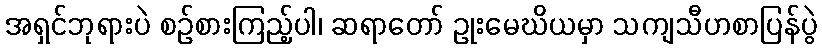
အရှင်ဘုရားပဲ စဉ်စားကြည့်ပါ၊ ဆရာတော် ဥုးမေဃိယမှာ သကျသီဟစာပြန်ပွဲ